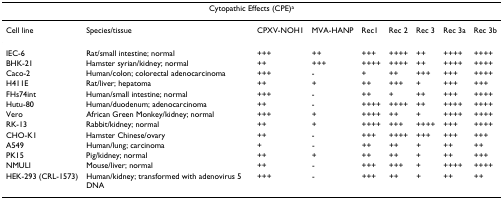
<table><thead><tr><td colspan="9"><b>Cytopathic Effects (CPE)<sup>a</sup></b></td></tr></thead><tbody><tr><td>Cell line</td><td>Species/tissue</td><td>CPXV-NOH1</td><td>MVA-HANP</td><td>Rec1</td><td>Rec 2</td><td>Rec 3</td><td>Rec 3a</td><td>Rec 3b</td></tr><tr><td>IEC-6</td><td>Rat/small intestine; normal</td><td>+++</td><td>++</td><td>+++</td><td>++++</td><td>++</td><td>++++</td><td>++++</td></tr><tr><td>BHK-21</td><td>Hamster syrian/kidney; normal</td><td>++</td><td>+++</td><td>++++</td><td>++++</td><td>++</td><td>++++</td><td>++++</td></tr><tr><td>Caco-2</td><td>Human/colon; colorectal adenocarcinoma</td><td>+++</td><td>-</td><td>+</td><td>++</td><td>+++</td><td>+++</td><td>++++</td></tr><tr><td>H411E</td><td>Rat/liver; hepatoma</td><td>++</td><td>+</td><td>++</td><td>+++</td><td>+</td><td>+++</td><td>+++</td></tr><tr><td>FHs74int</td><td>Human/small intestine; normal</td><td>+++</td><td>-</td><td>++</td><td>+</td><td>++</td><td>+++</td><td>++++</td></tr><tr><td>Hutu-80</td><td>Human/duodenum; adenocarcinoma</td><td>++</td><td>-</td><td>++++</td><td>++++</td><td>++</td><td>++++</td><td>++++</td></tr><tr><td>Vero</td><td>African Green Monkey/kidney; normal</td><td>+++</td><td>+</td><td>++++</td><td>++</td><td>+</td><td>++++</td><td>++++</td></tr><tr><td>RK-13</td><td>Rabbit/kidney; normal</td><td>++</td><td>+</td><td>++++</td><td>+++</td><td>++++</td><td>+++</td><td>++++</td></tr><tr><td>CHO-K1</td><td>Hamster Chinese/ovary</td><td>++</td><td>-</td><td>+++</td><td>++++</td><td>+++</td><td>+++</td><td>+++</td></tr><tr><td>A549</td><td>Human/lung; carcinoma</td><td>+</td><td>-</td><td>++</td><td>++</td><td>+</td><td>++</td><td>++</td></tr><tr><td>PK15</td><td>Pig/kidney; normal</td><td>++</td><td>+</td><td>++</td><td>++</td><td>+</td><td>++</td><td>+++</td></tr><tr><td>NMULI</td><td>Mouse/liver; normal</td><td>++</td><td>-</td><td>+++</td><td>+++</td><td>+</td><td>++++</td><td>++++</td></tr><tr><td>HEK-293 (CRL-1573)</td><td>Human/kidney; transformed with adenovirus 5 DNA</td><td>+++</td><td>-</td><td>+++</td><td>++</td><td>+</td><td>++</td><td>++</td></tr></tbody></table>